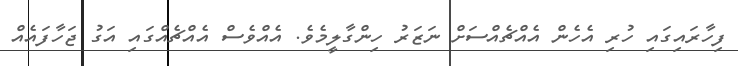
ފިހާރައިގައި ހުރި އެހެން އެއްޗެއްސަށް ނަޒަރު ހިންގާލީމެވެ. އެއްވެސް އެއްޗެއްގައި އަގު ޖަހާފައެއް